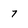
Character: 7